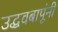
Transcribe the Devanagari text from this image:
उद्धवबापूंनी